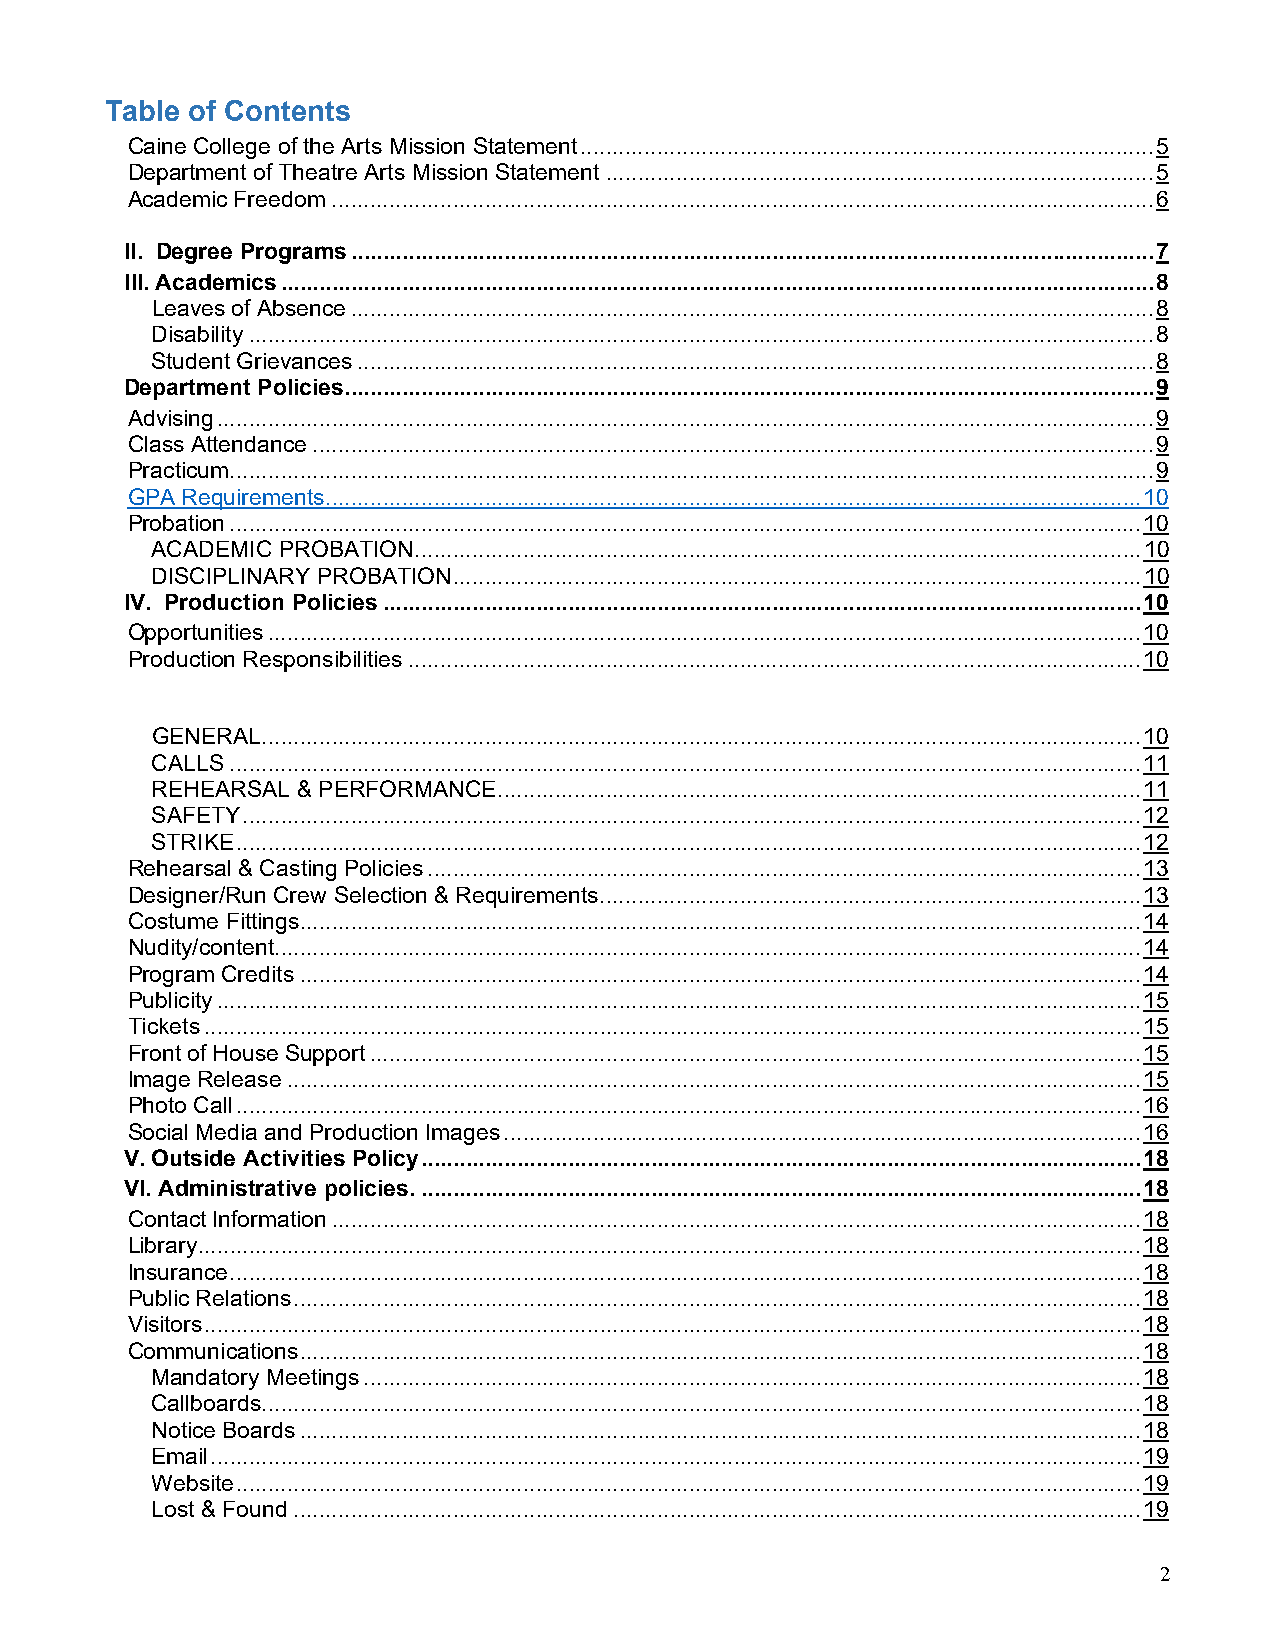
Table of Contents
 Caine College of the Arts Mission Statement .......................................................................................... 5
 Department of Theatre Arts Mission Statement ...................................................................................... 5
 Academic Freedom ................................................................................................................................. 6
 II. Degree Programs .............................................................................................................................. 7
 III. Academics ......................................................................................................................................... 8
 Leaves of Absence .............................................................................................................................. 8
 Disability .............................................................................................................................................. 8
 Student Grievances ............................................................................................................................. 8
 Department Policies ............................................................................................................................... 9
 Advising ................................................................................................................................................... 9
 Class Attendance .................................................................................................................................... 9
 Practicum ................................................................................................................................................. 9
 GPA Requirements ................................................................................................................................ 10
 Probation ............................................................................................................................................... 10
 ACADEMIC PROBATION .................................................................................................................. 10
 DISCIPLINARY PROBATION ............................................................................................................ 10
 IV. Production Policies ....................................................................................................................... 10
 Opportunities ......................................................................................................................................... 10
 Production Responsibilities ................................................................................................................... 10
 GENERAL .......................................................................................................................................... 10
 CALLS ............................................................................................................................................... 11
 REHEARSAL & PERFORMANCE ..................................................................................................... 11
 SAFETY ............................................................................................................................................. 12
 STRIKE .............................................................................................................................................. 12
 Rehearsal & Casting Policies ................................................................................................................ 13
 Designer/Run Crew Selection & Requirements ..................................................................................... 13
 Costume Fittings .................................................................................................................................... 14
 Nudity/content ........................................................................................................................................ 14
 Program Credits .................................................................................................................................... 14
 Publicity ................................................................................................................................................. 15
 Tickets ................................................................................................................................................... 15
 Front of House Support ......................................................................................................................... 15
 Image Release ...................................................................................................................................... 15
 Photo Call .............................................................................................................................................. 16
 Social Media and Production Images .................................................................................................... 16
 V. Outside Activities Policy ................................................................................................................. 18
 VI. Administrative policies. ................................................................................................................. 18
 Contact Information ............................................................................................................................... 18
 Library .................................................................................................................................................... 18
 Insurance ............................................................................................................................................... 18
 Public Relations ..................................................................................................................................... 18
 Visitors ................................................................................................................................................... 18
 Communications .................................................................................................................................... 18
 Mandatory Meetings .......................................................................................................................... 18
 Callboards .......................................................................................................................................... 18
 Notice Boards .................................................................................................................................... 18
 Email .................................................................................................................................................. 19
 Website .............................................................................................................................................. 19
 Lost & Found ..................................................................................................................................... 19
 2